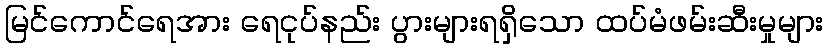
မြင်ကောင်ရေအား ရေငုပ်နည်း ပွားများရရှိသော ထပ်မံဖမ်းဆီးမှုများ